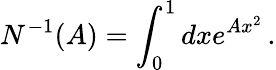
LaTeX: N^{-1}(A)=\int_{0}^{1}dxe^{Ax^{2}}\, .